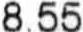
8.55